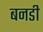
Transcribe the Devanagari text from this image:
बनडी